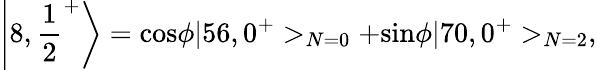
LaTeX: \left|8,{\frac{1}{2}}^{+}\right>=\mathrm{cos}\phi|56,0^{+}>_{N=0}+\mathrm{sin}\phi|70,0^{+}>_{N=2},